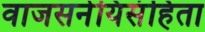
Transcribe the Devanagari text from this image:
वाजसनेयिसंहिता